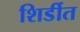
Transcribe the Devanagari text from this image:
शिर्डीत